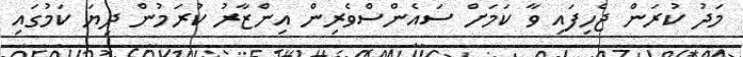
މަދު ކުރަން ޖެހިފައި ވާ ކަމަށް ސައެންސްވެރިން އިންޒާރު ކުރަމުން ދިޔަ ކަމުގައި